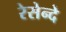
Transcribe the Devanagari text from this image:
रेसेन्दे